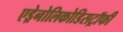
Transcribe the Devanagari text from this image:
एड्रेनोलिकोडिसट्रॉफी